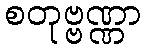
စတုဗ္ဗဏ္ဏာ